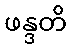
ဖန္ဒတိ